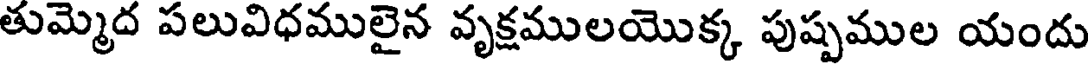
తుమ్మెద పలువిధములైన వృక్షములయొక్క పుష్పముల యందు